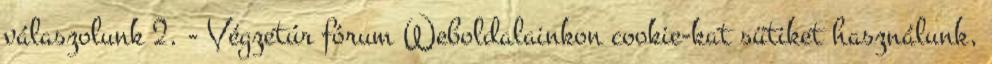
válaszolunk 2. - Végzetúr fórum Weboldalainkon cookie-kat sütiket használunk,